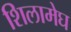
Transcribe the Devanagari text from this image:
शिलामेघ